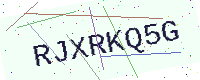
Text: RJXRKQ5G